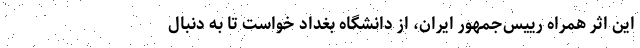
این اثر همراه رییس‌جمهور ایران، از دانشگاه بغداد خواست تا به دنبال